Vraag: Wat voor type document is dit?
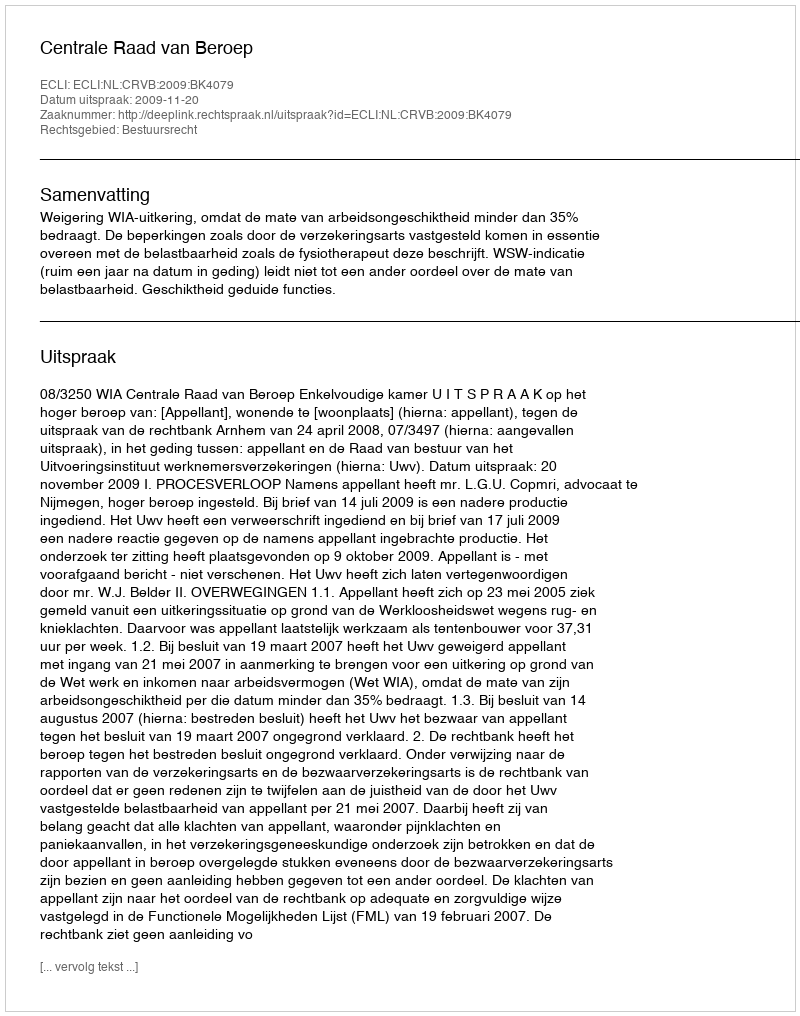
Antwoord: Uitspraak